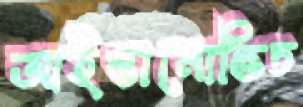
আইভানোভিচ